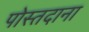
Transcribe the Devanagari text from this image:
पोस्तदाना